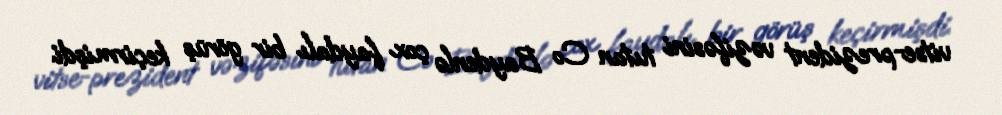
vitse-prezident vəzifəsini tutan Co Baydenlə çox faydalı bir görüş keçirmişdi.